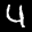
Label: 4